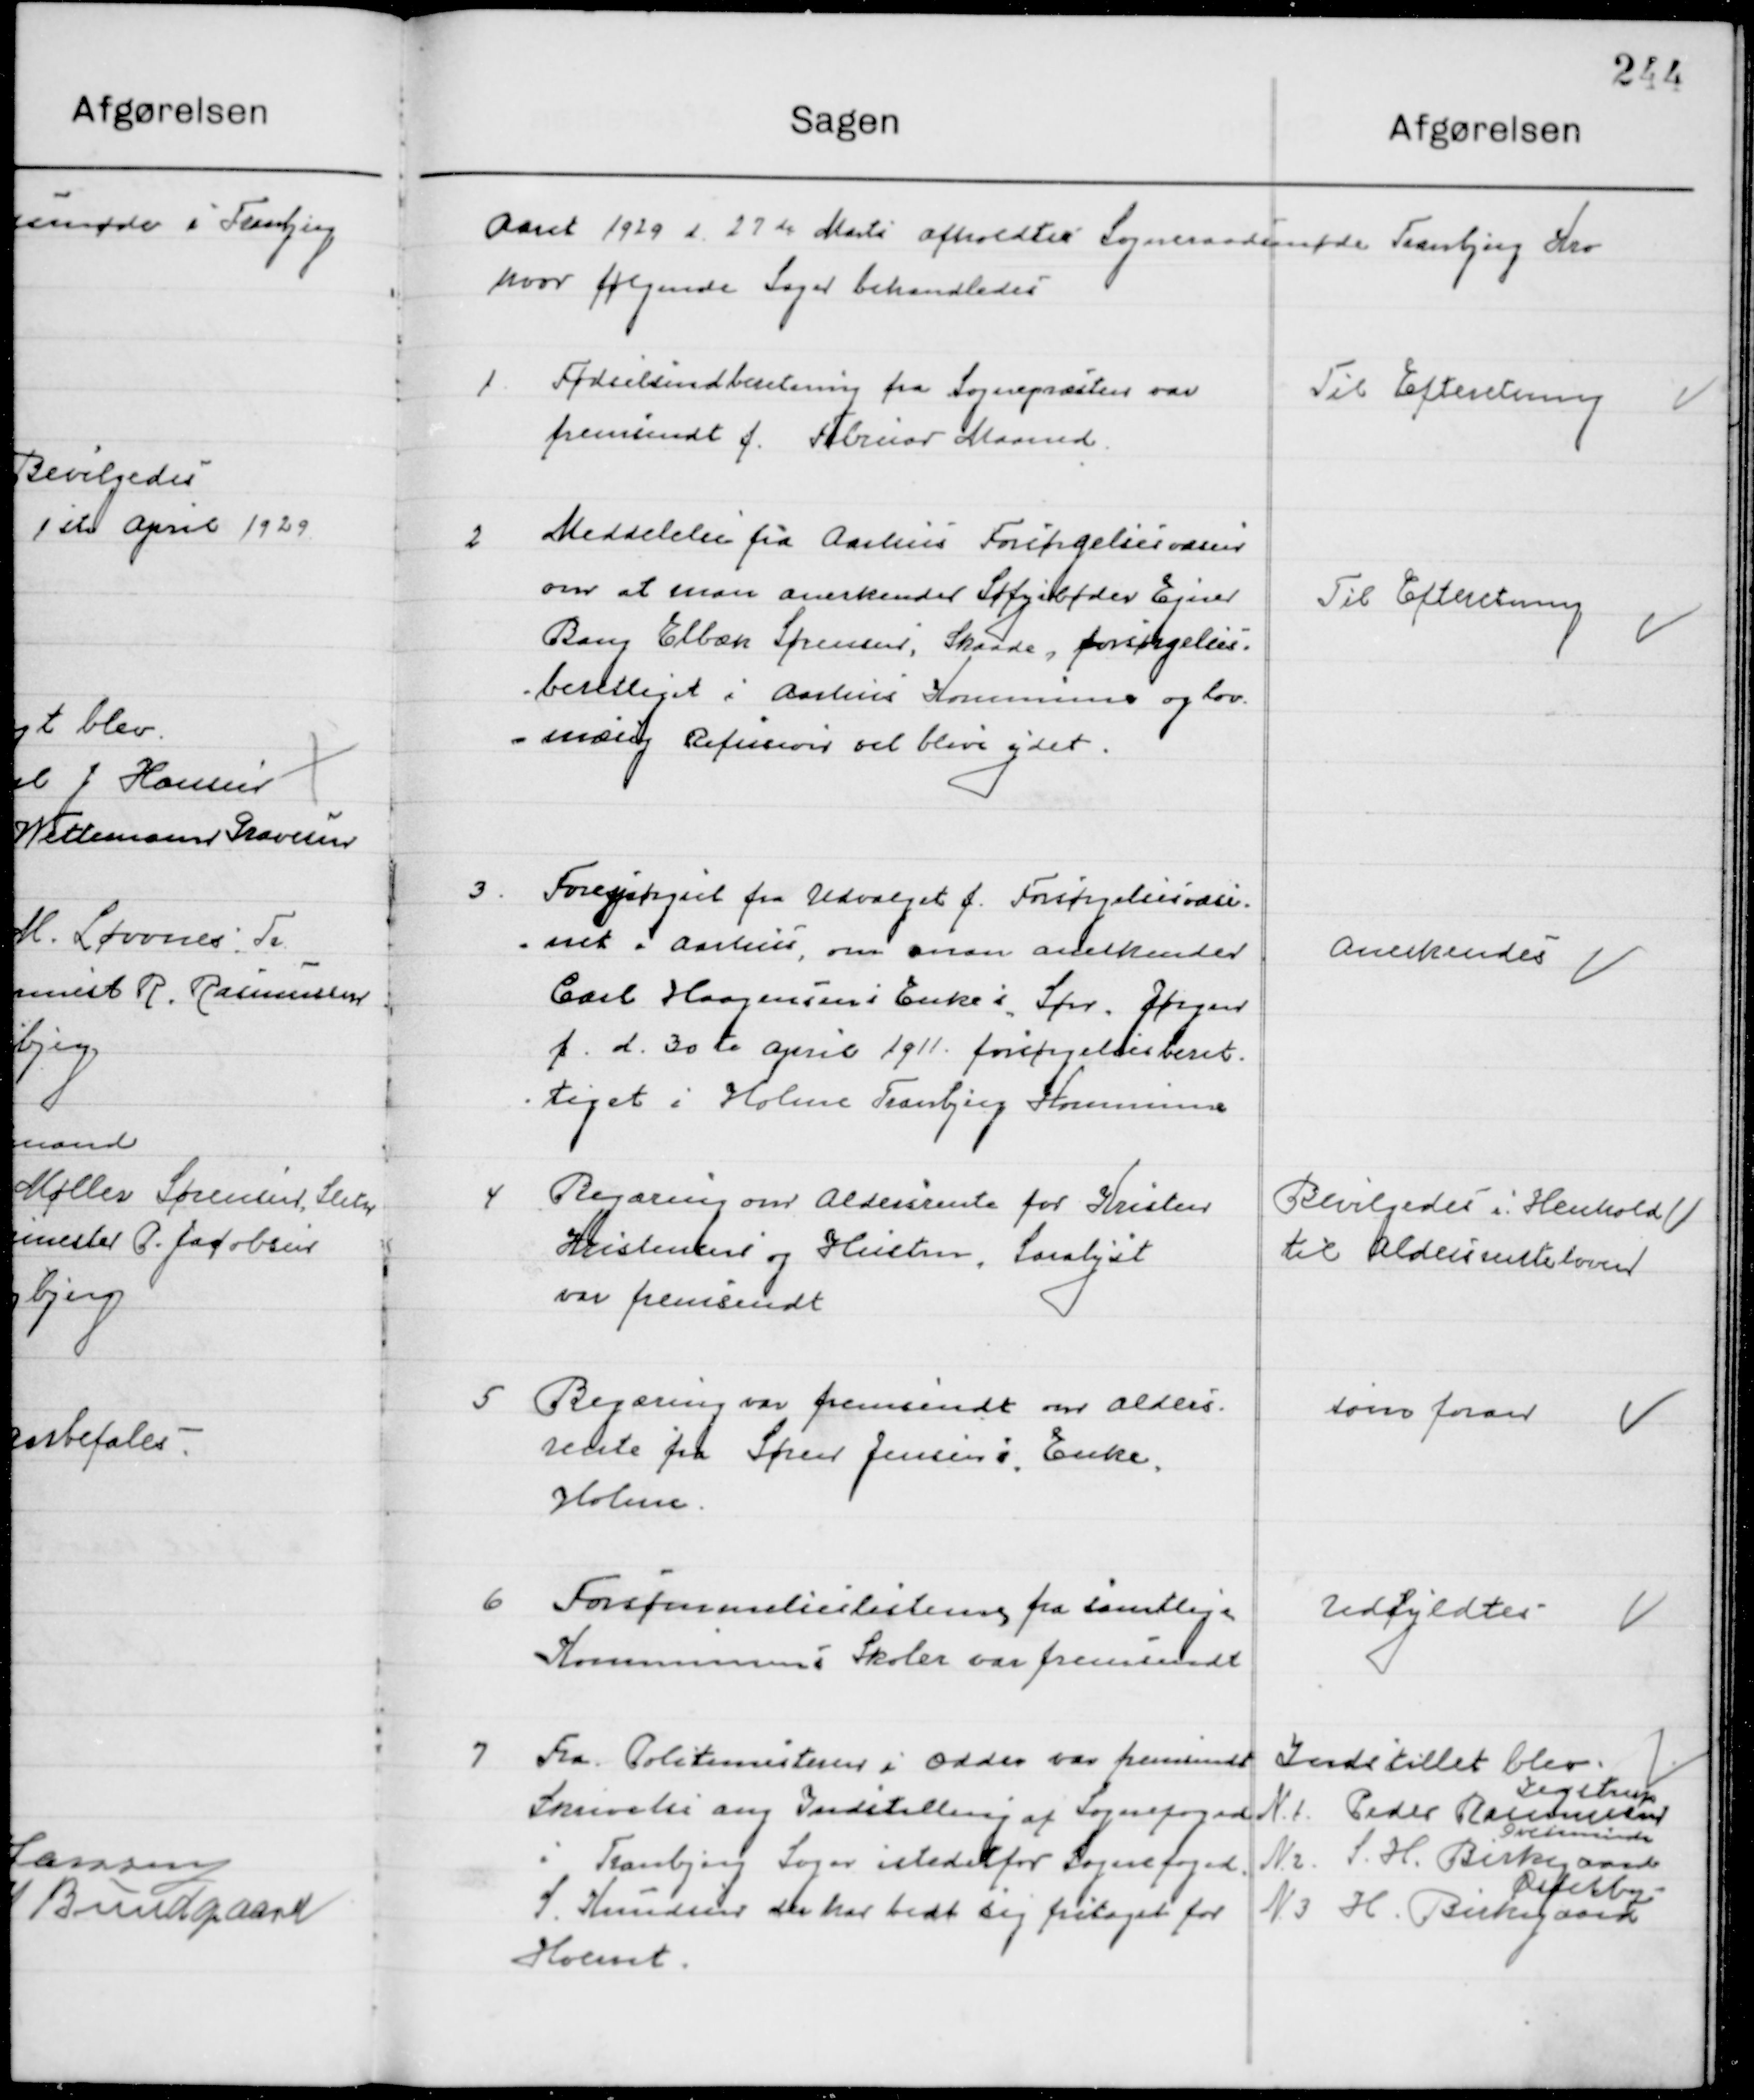
Transskription:
Aaret 1929 d. 27de Marts  afholdtes  Sogneraadsmøde i Tranbjerg Kro
hvor følgende Sager behandledes.

1

Fødselsindberetning fra Sognepræsten var 
Fremsendt f. Februar Maaned

Til Efterretning

2

Meddelelse fra Aarhus Forsørgelsesvæsen
om at man anerkender Søfyrbøder Ejnar
bang Elbæk Sørensen, Skaade, Forsørgelses-
berettiget i Aarhus Kommune og lov-
mæssig Refusion vil blive ydet.

Til Efterretning

3

Forespørgsel fra Udvalget f. Forsørgelsesvæse-
net i Aarhus, om man anerkender 
Carl Haagesens Enkes Søn Jørgen   
f. d. 30de April  1911 forsørgelsesberet-
tiget i Holme Tranbjerg Kommune

Anerkendes

4

Regning over Aldersrente for Kresten
Kristensen og Hustru, Saralyst
var fremsendt

Bevilgedes i henhold 
Til Aldersrenteloven

5

Begæring var fremsendt om Alders-
rente fra Sørens Jensens Enke
Holme

Som foran

6

Forsømmelseslisterne fra samtlige
Kommunens Skoler var fremsendt

Udfyldtes

7

Fra Politimesteren i Odder var fremsendt
Skrivelse ang. Indstilling Sognefoged
i Tranbjerg Sogn i stedet for sognefoged
S. Knudsen der har bedt sig fritaget for
Hvervet.

Indstillet blev
Nr. 1. Peder Rasmussen 
Jegstrup
Nr. 2. S. H. Birkegaard 
Overminde
Nr. 3. H. Birkegaard  
Østerby